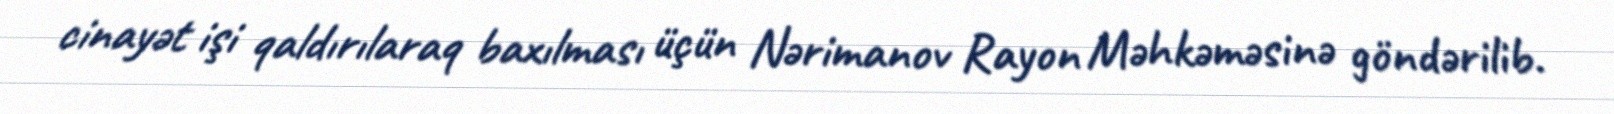
cinayət işi qaldırılaraq baxılması üçün Nərimanov Rayon Məhkəməsinə göndərilib.